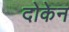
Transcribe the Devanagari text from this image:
दोकेन